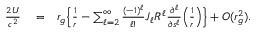
\begin{array} { r l r } { \frac { 2 U } { c ^ { 2 } } } & { { } = } & { r _ { g } \Big \{ \frac { 1 } { r } - \sum _ { \ell = 2 } ^ { \infty } \frac { ( - 1 ) ^ { \ell } } { \ell ! } J _ { \ell } R ^ { \ell } \frac { \partial ^ { \ell } } { \partial s ^ { \ell } } \Big ( \frac { 1 } { r } \Big ) \Big \} + { \cal O } ( r _ { g } ^ { 2 } ) . } \end{array}